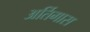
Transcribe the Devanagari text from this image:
अर्तिगास